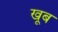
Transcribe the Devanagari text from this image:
खूब